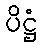
ပိဋ္ဌံ